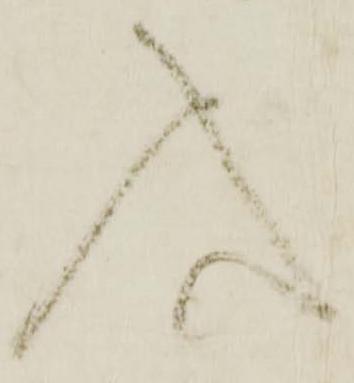
入